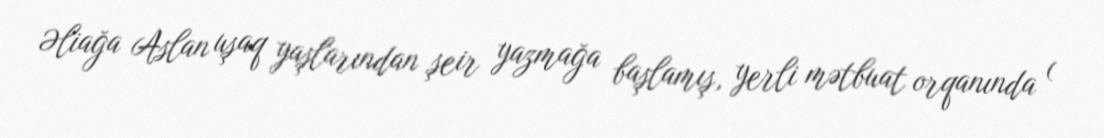
Əliağa Aslan uşaq yaşlarından şeir yazmağa başlamış, yerli mətbuat orqanında (